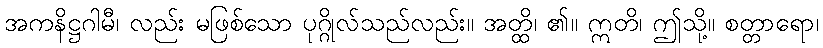
အကနိဋ္ဌဂါမီ၊ လည်း မဖြစ်သော ပုဂ္ဂိုလ်သည်လည်း။ အတ္ထိ၊ ၏။ ဣတိ၊ ဤသို့။ စတ္တာရော၊